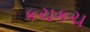
કચકચ